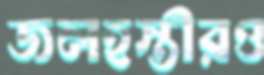
জলহস্তীরও